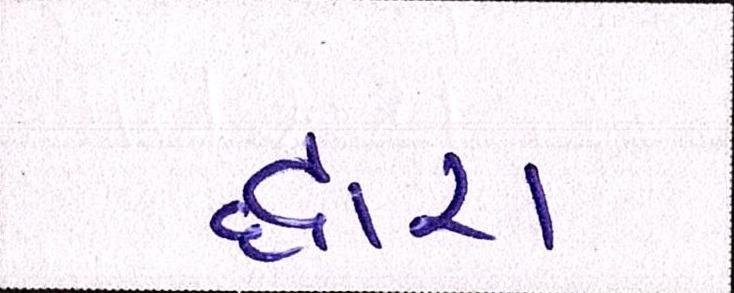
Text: દ્ધારા